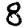
Digit: 8